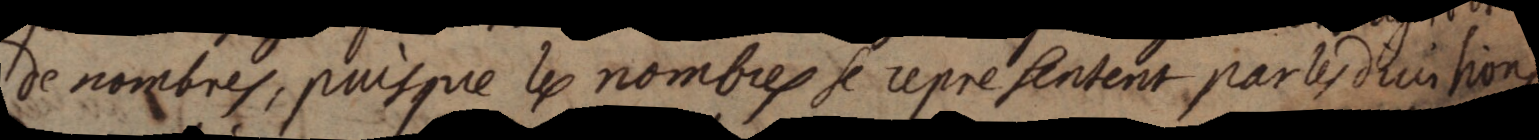
de nombres, puisqure lu nombres se representent par les divisions